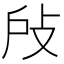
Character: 𢻻